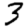
Digit: 3